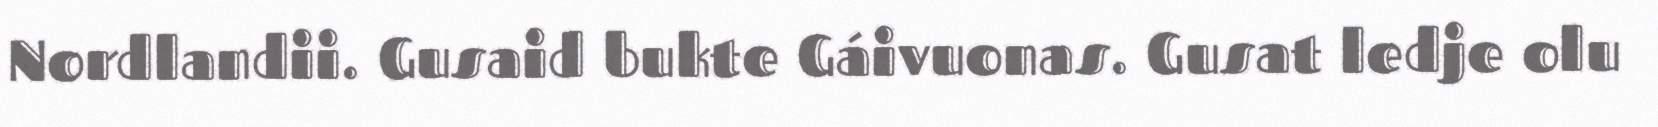
Nordlandii. Gusaid bukte Gáivuonas. Gusat ledje olu